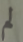
لم